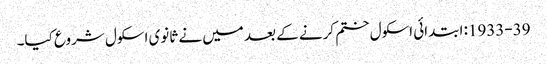
1933-39: ابتدائی اسکول ختم کرنے کے بعد میں نے ثانوی اسکول شروع کیا۔